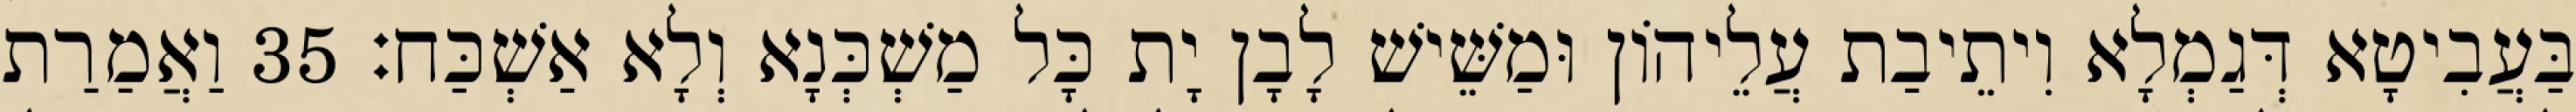
בַּעֲבִיטָא דְּגַמְלָא וִיתֵיבַת עֲלֵיהוֹן וּמַשֵּׁישׁ לָבָן יָת כָּל מַשְׁכְּנָא וְלָא אַשְׁכַּח׃ 35 וַאֲמַרַת